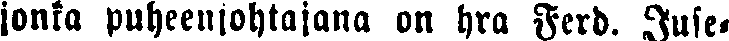
jonka puheenjohtjana on hra Ferd. Juse-